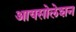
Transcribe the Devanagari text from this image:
आयसोलेशन